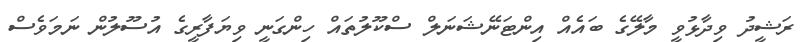
ރަޝީދު ވިދާޅުވީ މާލޭގެ ބައެއް އިންޓަނޭޝަނަލް ސްކޫލުތައް ހިންގަނީ ވިޔަފާރީގެ އުސޫލުން ނަމަވެސް